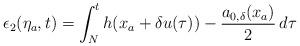
LaTeX: \begin{align*}\epsilon_2(\eta_a,t) = \int_N^t h(x_a+\delta u(\tau))-\dfrac{a_{0,\delta}(x_a)}{2}\,d\tau\end{align*}